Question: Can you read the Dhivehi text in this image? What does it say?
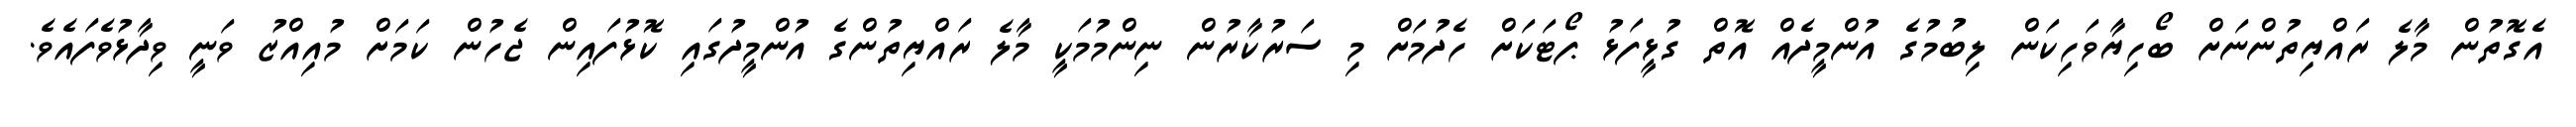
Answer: އެގޮތުން މާލެ ރައްޔިތުންނަށް ބޯހިޔާވަހިކަން ލިބުމުގެ އުންމީދެއް އޮތް ގުޅީފަޅު ޕޯޓަކަށް ހެދުމަށް މި ސަރުކާރުން ނިންމުމަކީ މާލެ ރައްޔިތުންގެ އުންމީދުގައި ކޮޅުފައިން ޖެހުން ކަމަށް މުއިއްޒު ވަނީ ވިދާޅުވެފައެވެ.